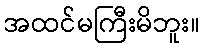
အထင်မကြီးမိဘူး။